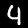
Label: 4